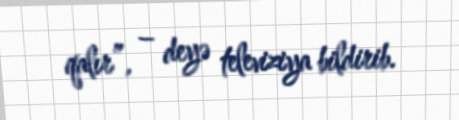
qalır”, – deyə televiziya bildirib.